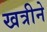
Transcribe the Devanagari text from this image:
खत्रीने